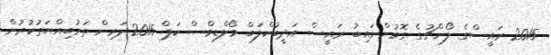
2015 ރައީސްގެ ލޯންޗުގެ ގޮވުންނައިބު ރައީސް އަދީބުކްލަބް މޯލްޑިވްސް ކަޕް 2015ދަރިން ތަރުބިއްޔަތުކުރުން